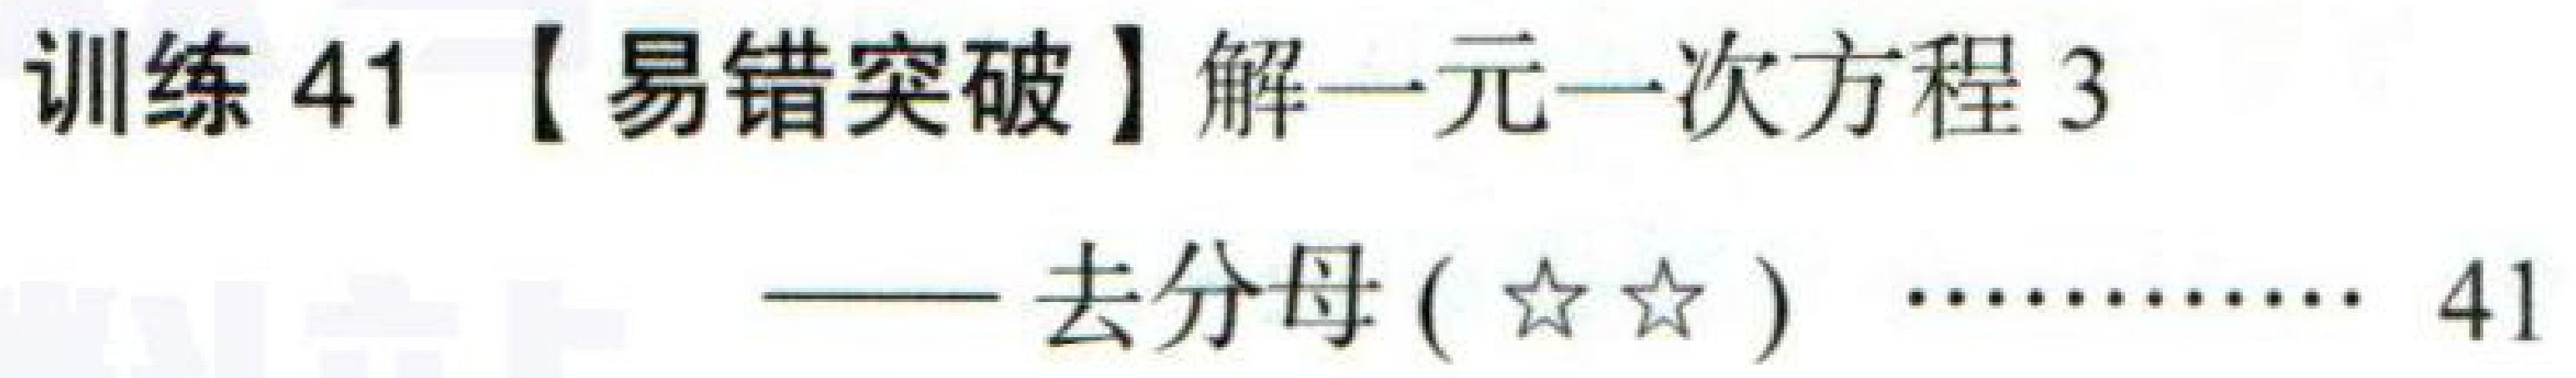
训练41【易错突破】解一元一次方程3
——去分母(★★) ……………41